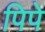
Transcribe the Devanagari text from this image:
पिपे